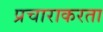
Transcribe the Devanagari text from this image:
प्रचाराकरता